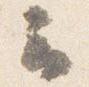
云